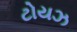
ટોયઝ